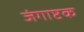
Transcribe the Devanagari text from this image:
जंगाष्टक